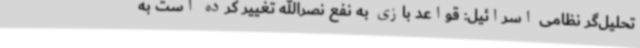
تحلیل‌گر نظامی اسرائیل: قواعد بازی به نفع نصرالله تغییر کرده است به